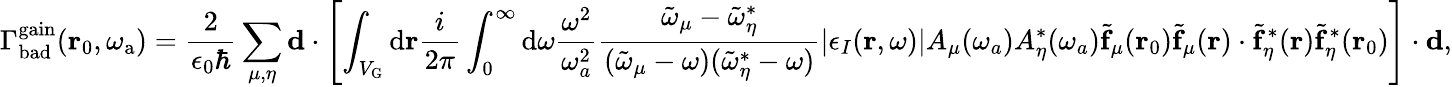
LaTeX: \Gamma_{\mathrm{bad}}^{\mathrm{gain}}(\mathbf{r}_{0},\omega_{\mathrm{a}})=\frac{2}{\epsilon_{0}\hbar}\sum_{\mu,\eta}\mathbf{d}\cdot\left[\int_{V_{\mathrm{G}}}{\mathrm d}{\mathbf r}\frac{i}{2\pi}\int_{0}^{\infty}{\mathrm d}\omega\frac{\omega^{2}}{\omega_{a}^{2}}\frac{\tilde{\omega}_{\mu}-\tilde{\omega}_{\eta}^{*}}{(\tilde{\omega}_{\mu}-\omega)(\tilde{\omega}_{\eta}^{*}-\omega)}|\epsilon_{I}(\mathbf{r},\omega)|A_{\mu}(\omega_{a})A_{\eta}^{*}(\omega_{a})\tilde{\mathbf{f}}_{\mu}(\mathbf{r}_{0})\tilde{\mathbf{f}}_{\mu}(\mathbf{r})\cdot\tilde{\mathbf{f}}_{\eta}^{*}(\mathbf{r})\tilde{\mathbf{f}}_{\eta}^{*}(\mathbf{r}_{0})\right]\cdot\mathbf{d},